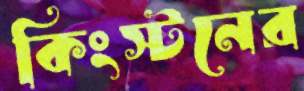
কিংস্টনের